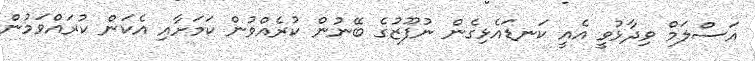
އަސްލަމް ވިދާޅުވީ އެއީ ކަނޑައެޅިގެން ނުފޫޒުގެ ބޭނުން ކުރެއްވުން ކަމަށާއި އެކަން ކުރައްވަމުން